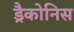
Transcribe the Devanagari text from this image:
ड्रैकोनिस